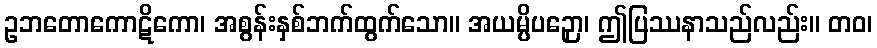
ဥဘတောကောဋိကော၊ အစွန်းနှစ်ဘက်ထွက်သော။ အယမ္ပိပဉှော၊ ဤပြဿနာသည်လည်း။ တဝ၊